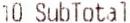
10 SUBTOTAL